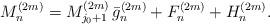
LaTeX: \begin{align*} M_n^{(2m)} = M_{j_0+1}^{(2m)} \,\bar{g}^{(2m)}_n +F^{(2m)}_n+ H^{(2m)}_n.\end{align*}